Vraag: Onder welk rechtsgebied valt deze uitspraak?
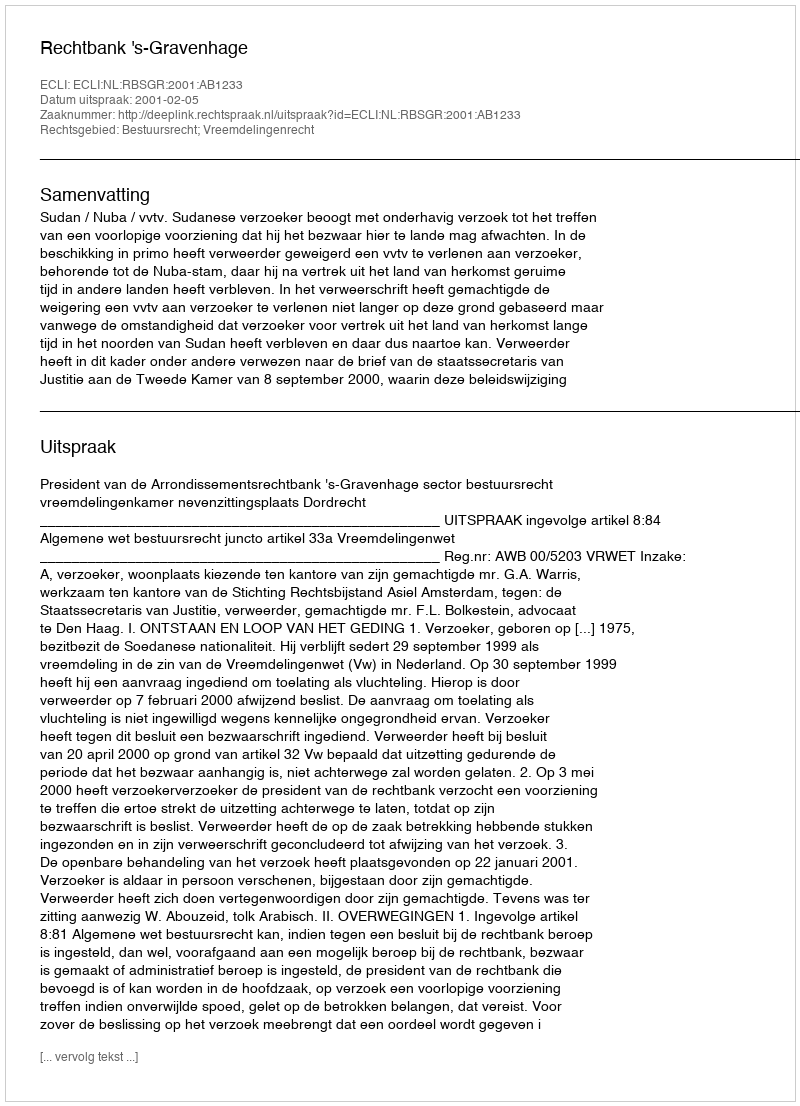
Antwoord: Bestuursrecht; Vreemdelingenrecht